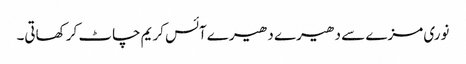
نوری مزے سے دھیرے دھیرے آئس کریم چاٹ کر کھاتی۔